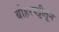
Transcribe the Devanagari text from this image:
बोहरपट्टीतून